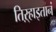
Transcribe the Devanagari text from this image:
तिऱ्हाइतानं